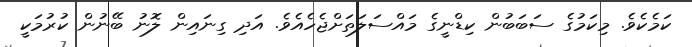
ކަމެކެވެ. މިކަމުގެ ސަބަބުން ކިޑްނީގެ މައްސަލަތަށްޖެހެއެވެ. އަދި ގިނައިން ލޮނު ބޭނުން ކުރުމަކީ